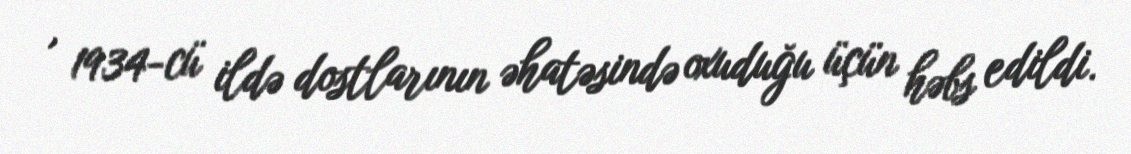
, 1934-cü ildə dostlarının əhatəsində oxuduğu üçün həbs edildi.